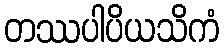
တဿပါပိယသိကံ